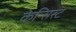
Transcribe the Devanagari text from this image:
केन्सिस्ट